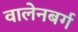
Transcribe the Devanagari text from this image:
वालेनबर्ग